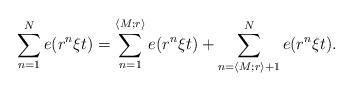
LaTeX: \begin{align*}\sum_{n=1}^N e(r^n \xi t) = \sum_{n=1}^{\langle M ; r \rangle } e(r^n \xi t) + \sum_{n=\langle M ; r \rangle + 1}^N e(r^n \xi t).\end{align*}